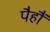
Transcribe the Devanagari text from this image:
पैहौं